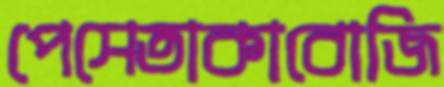
পেসেতাকাবোজি